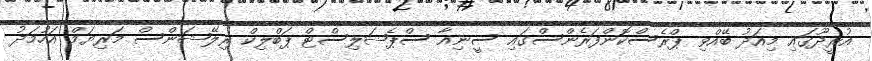
އުރީދޫގައި މިއަދު ބޭއްވި ޕްރެސްކޮންފަރެންސްގައި ސީނިއާ ސްޕެޝަލިސްޓް ޕަބްލިކް ރިލޭޝަންސް މަރިޔަމް އަހުމަދު